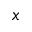
x